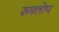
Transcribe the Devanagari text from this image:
रूफ्तोप